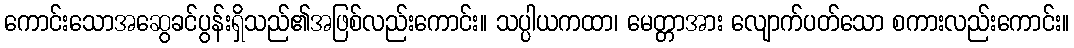
ကောင်းသောအဆွေခင်ပွန်းရှိသည်၏အဖြစ်လည်းကောင်း။ သပ္ပါယကထာ၊ မေတ္တာအား လျောက်ပတ်သော စကားလည်းကောင်း။